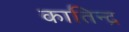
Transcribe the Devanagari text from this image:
कातिन्द्र